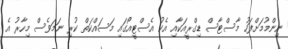
ނިންމުމަށްފަހު މާސްޓާސް ޑިގްރީއަކާއި އެކު އެސްޓީއޯގައި މަސައްކަތް ކުރި ނަމަވެސް މިހާރު އެ